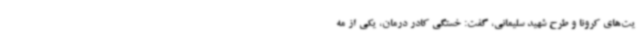
یت‌های کرونا و طرح شهید سلیمانی، گفت: خستگی کادر درمان، یکی از مه